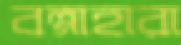
বল্গাহারা